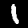
Digit: 1